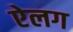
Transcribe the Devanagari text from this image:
ऐलग